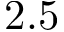
2 . 5